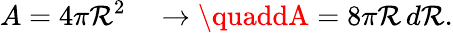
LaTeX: A=4\pi\mathcal{R}^{2}\quad\rightarrow\quaddA=8\pi\mathcal{R}\, d\mathcal{R}.